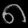
Digit: ၈